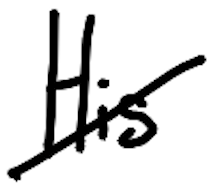
Text: His
Cross-out: diagonal
Writing tool: digital_black